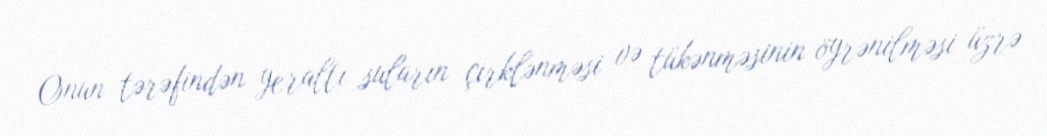
Onun tərəfindən yeraltı suların çirklənməsi və tükənməsinin öyrənilməsi üzrə